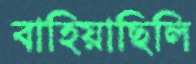
বাহিয়াছিলি